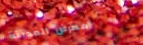
معرض المدينة